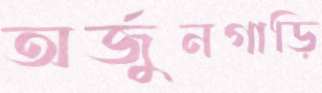
অর্জুনগাড়ি